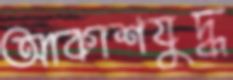
আকাশযুদ্ধ